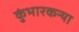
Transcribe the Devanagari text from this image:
कुंभारकन्या